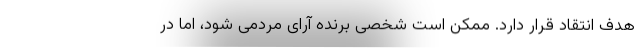
هدف انتقاد قرار دارد. ممکن است شخصی برنده آرای مردمی ‌شود، اما در